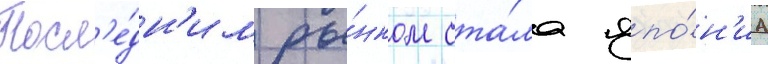
Посл'е́дн'им ры́нком ста́ла япо́н'иа